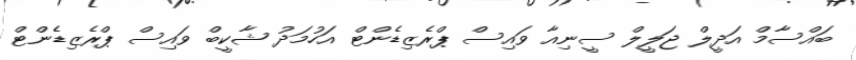
ބައްސާމް އަދީލް ޖަލީލް ސީނިއާ ވައިސް ޕްރެޒިޑެންޓް އަހުމަދު ޝާކީބް ވައިސް ޕްރެޒިޑެންޓް